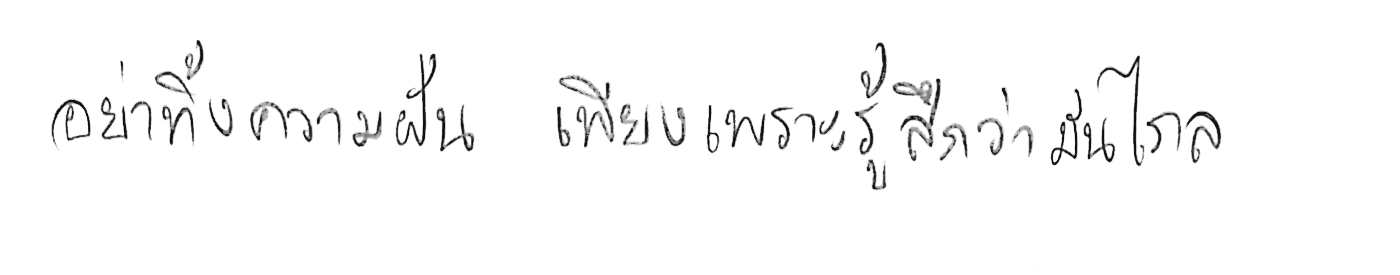
อย่าทิ้งความฝัน เพียงเพราะรู้สึกว่ามันไกล